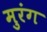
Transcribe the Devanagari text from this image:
मुरंग